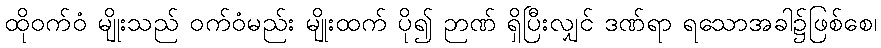
ထိုဝက်ဝံ မျိုးသည် ဝက်ဝံမည်း မျိုးထက် ပို၍ ဉာဏ် ရှိပြီးလျှင် ဒဏ်ရာ ရသောအခါ၌ဖြစ်စေ၊